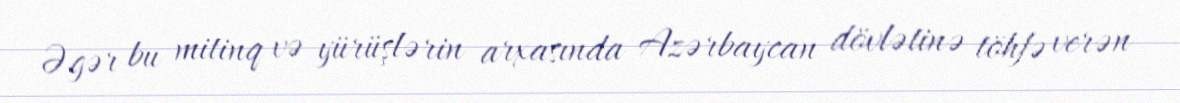
Əgər bu mitinq və yürüşlərin arxasında Azərbaycan dövlətinə töhfə verən